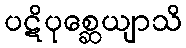
ပဋိပုစ္ဆေယျာသိ